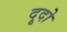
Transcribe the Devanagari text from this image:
दूदो